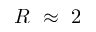
R ~ \approx ~ 2